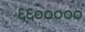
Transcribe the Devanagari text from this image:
६६०००००